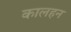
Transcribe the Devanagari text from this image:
कालहन